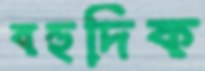
বহুদিক